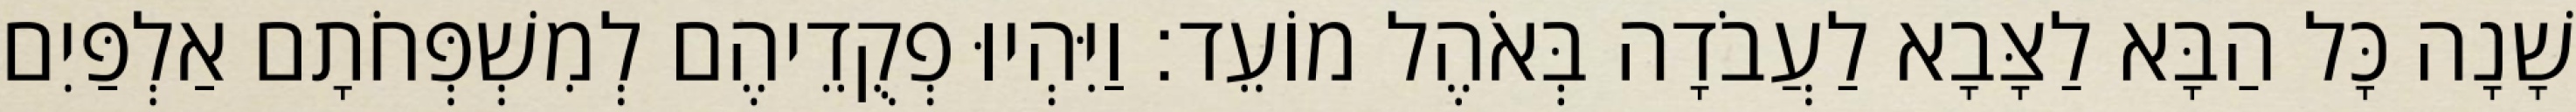
שָׁנָה כָּל הַבָּא לַצָּבָא לַעֲבֹדָה בְּאֹהֶל מוֹעֵד׃ וַיִּהְיוּ פְקֻדֵיהֶם לְמִשְׁפְּחֹתָם אַלְפַּיִם